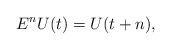
LaTeX: \begin{align*}E^{n}U(t)=U(t+n),\end{align*}